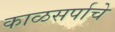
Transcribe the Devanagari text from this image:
काळसर्पाचे